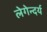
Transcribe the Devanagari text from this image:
लेगेन्दर्य